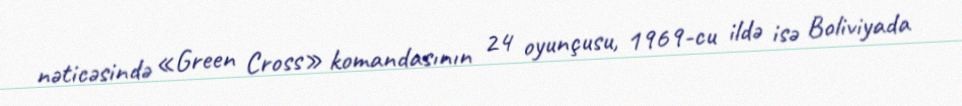
nəticəsində «Green Cross» komandasının 24 oyunçusu, 1969-cu ildə isə Boliviyada